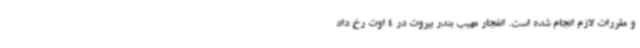
و مقررات لازم انجام شده است. انفجار مهیب بندر بیروت در 4 اوت رخ داد